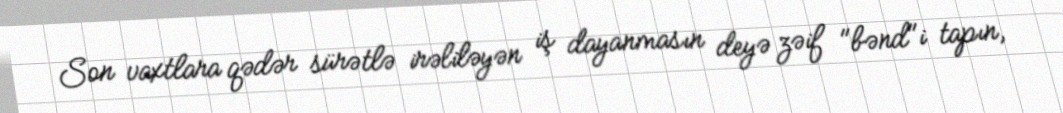
Son vaxtlara qədər sürətlə irəliləyən iş dayanmasın deyə zəif "bənd"i tapın,